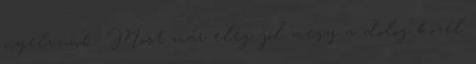
nyelvünk. Most már elég jól megy a dolog közel